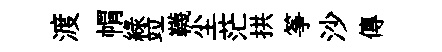
渡㡌緑竝韈尘茫拱筝沙傳